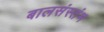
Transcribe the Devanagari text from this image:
बालसंस्तंभ